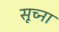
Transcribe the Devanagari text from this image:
सूच्ना